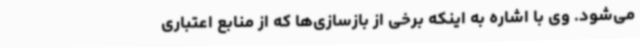
می‌شود. وی با اشاره به اینکه برخی از بازسازی‌ها که از منابع اعتباری